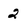
Character: 2